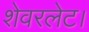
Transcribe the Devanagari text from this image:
शेवरलेट।